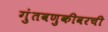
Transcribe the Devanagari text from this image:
गुंतवणुकीवरची